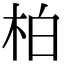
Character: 柏